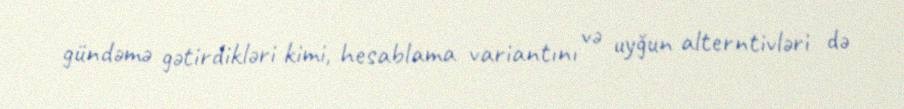
gündəmə gətirdikləri kimi, hesablama variantını və uyğun alterntivləri də